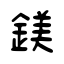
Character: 鎂